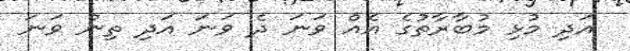
އަދި މުޅި މުބާރާތުގެ އެއް ވަނަ ދެ ވަނަ އަދި ތިން ވަނަ